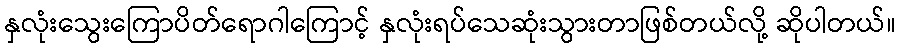
နှလုံးသွေးကြောပိတ်ရောဂါကြောင့် နှလုံးရပ်သေဆုံးသွားတာဖြစ်တယ်လို့ ဆိုပါတယ်။